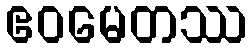
ဧဝမေတဿ